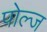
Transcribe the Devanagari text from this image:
पोल्ज